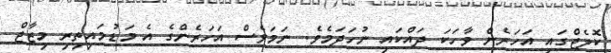
ކޮލެޖްގައި އަހަރެން ވާހަކަ ދައްކައި ނުހަދަމެވެ. ނަމަވެސް އަހަރެންގެ އެ މަޑުމައިތިރި މިޒާޖް